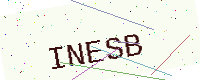
Text: INESB